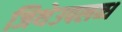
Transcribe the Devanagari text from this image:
जिथेउपलब्ध